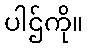
ပါဌ်ကို။